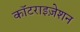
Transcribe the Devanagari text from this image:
कॉटराइज़ेशन